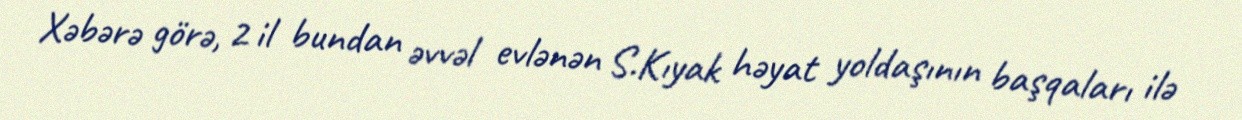
Xəbərə görə, 2 il bundan əvvəl evlənən S.Kıyak həyat yoldaşının başqaları ilə